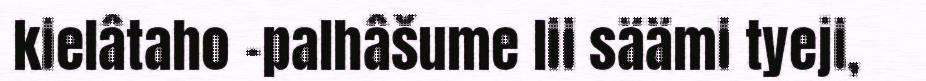
kielâtaho –palhâšume lii säämi tyeji,